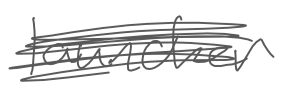
Text: launcher
Cross-out: scratch
Writing tool: digital_gray